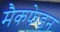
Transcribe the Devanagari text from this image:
मैकफेडन